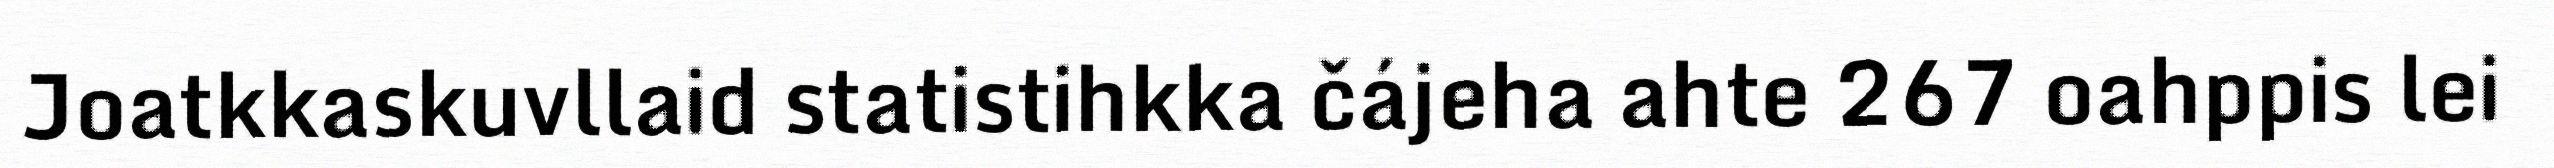
Joatkkaskuvllaid statistihkka čájeha ahte 267 oahppis lei